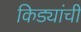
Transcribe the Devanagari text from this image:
किड्यांची